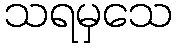
သရမှသေ